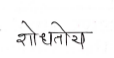
मजकूर: शोधतोय